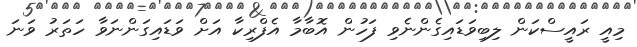
މިއީ ރައީސްކަން ލިބިވަޑައިގެންނެވި ފަހުން އޮބާމާ އެފްރިކާ އަށް ވަޑައިގަންނަވާ ހަަތަރު ވަނަ